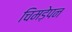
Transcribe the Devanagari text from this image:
चिमड़ेपन